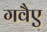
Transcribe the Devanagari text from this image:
गवैए